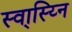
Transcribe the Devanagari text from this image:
स्वा्स्य्नि